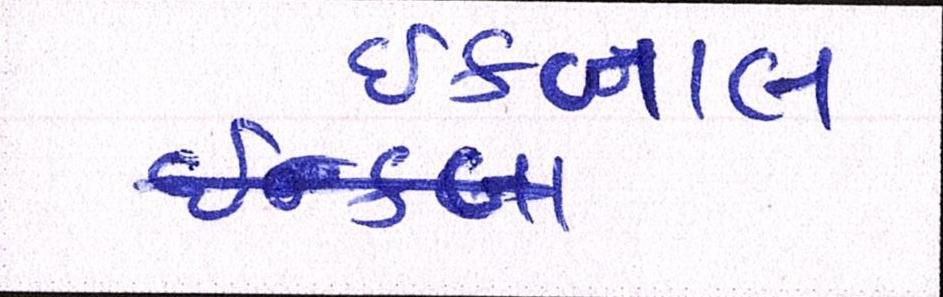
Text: ઈકબાલ